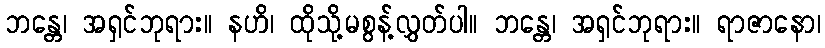
ဘန္တေ၊ အရှင်ဘုရား။ နဟိ၊ ထိုသို့မစွန့်လွှတ်ပါ။ ဘန္တေ၊ အရှင်ဘုရား။ ရာဇာနော၊